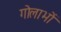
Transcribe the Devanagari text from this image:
गोलाभों